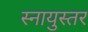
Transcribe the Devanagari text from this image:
स्नायुस्तर